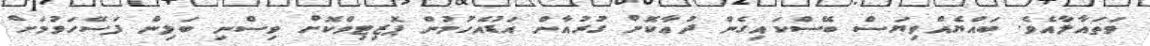
ވަތައާލާއެވެ. ބައްޔެއްވިޔަސް ބޭސްކައިގެން ދުޢާކޮށް ގުރުއާން އަޑުއެހުމުން ޕޮޒިޓިވްކޮށް ވިސްނި ބަލިން ފަސޭހަވުމަށް